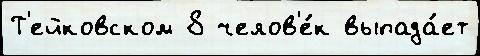
Т'ейковском 8 челов'е́к выпада́ет